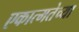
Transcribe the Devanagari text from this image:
एकात्मतेच्या